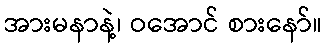
အားမနာနဲ့၊ ဝအောင် စားနော်။